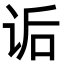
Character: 诟